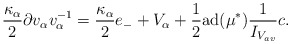
\begin{align*}\frac{\kappa_\alpha }{2} \partial v_\alpha v^{-1}_\alpha =\frac{\kappa_\alpha}{2} e_- + V_\alpha + \frac{1}{2}\mbox{ad}(\mu^*) \frac{1}{ I_{V_{av}}} c . \end{align*}